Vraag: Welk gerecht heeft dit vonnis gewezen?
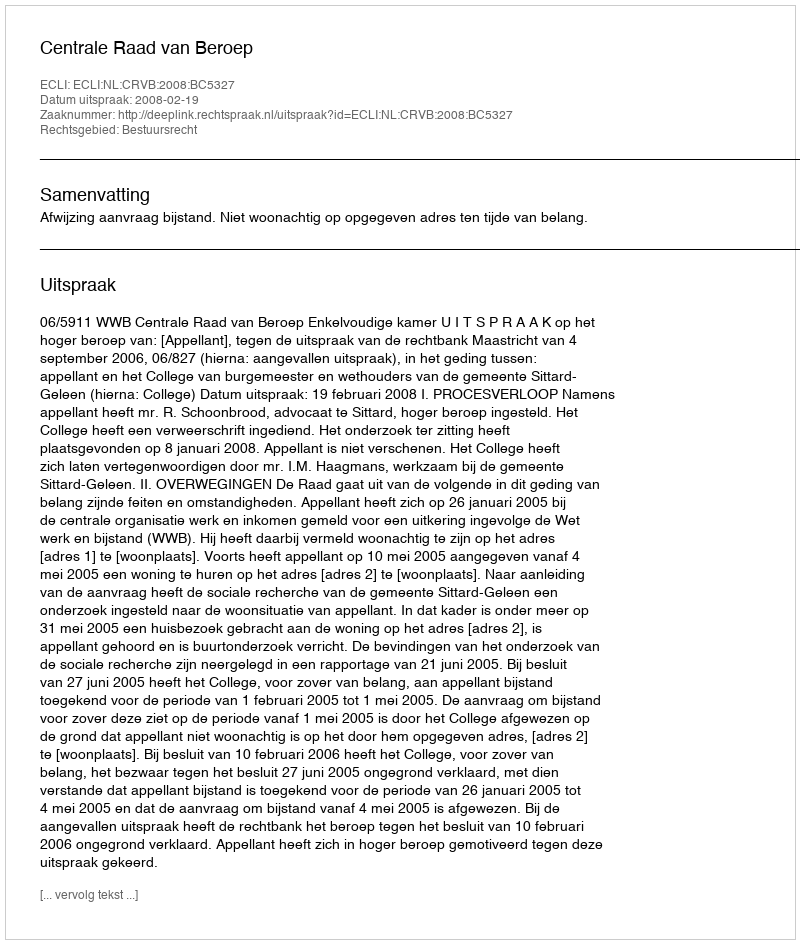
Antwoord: Centrale Raad van Beroep